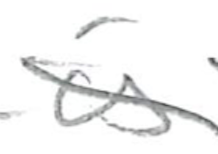
Text: is
Cross-out: diagonal
Writing tool: pencil